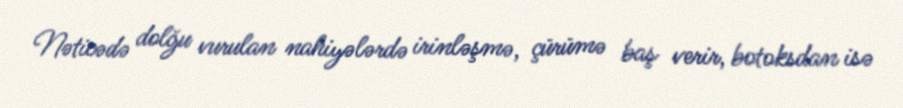
Nəticədə dolğu vurulan nahiyələrdə irinləşmə, çürümə baş verir, botoksdan isə